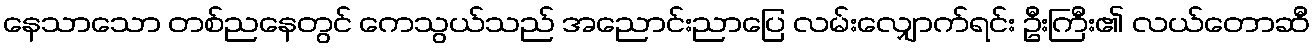
နေသာသော တစ်ညနေတွင် ကေသွယ်သည် အညောင်းညာပြေ လမ်းလျှောက်ရင်း ဦးကြီး၏ လယ်တောဆီ